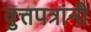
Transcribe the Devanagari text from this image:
वुत्तपत्रांनी